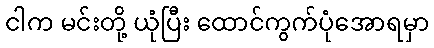
ငါက မင်းတို့ ယုံပြီး ထောင်ကွက်ပုံအောရမှာ